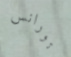
تورانس